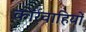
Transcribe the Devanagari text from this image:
कार्रवाहियों